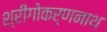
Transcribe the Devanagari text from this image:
श्रीगोकर्णनाथ